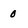
Character: 0